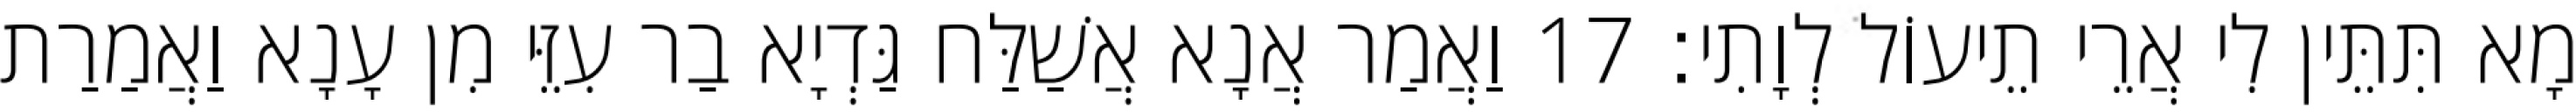
מָא תִּתֵּין לִי אֲרֵי תֵיעוֹל לְוָתִי׃ 17 וַאֲמַר אֲנָא אֲשַׁלַּח גַּדְיָא בַר עִזֵּי מִן עָנָא וַאֲמַרַת